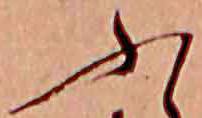
ふ